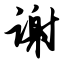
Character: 谢